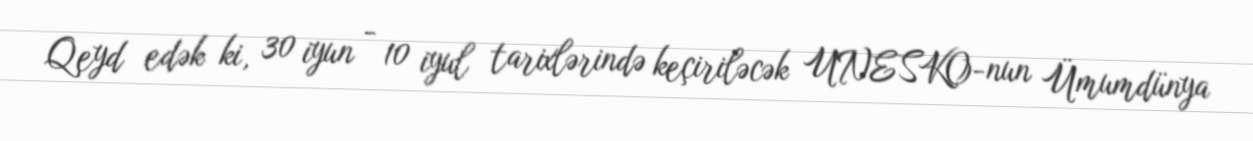
Qeyd edək ki, 30 iyun - 10 iyul tarixlərində keçiriləcək UNESKO-nun Ümumdünya